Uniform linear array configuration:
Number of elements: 8
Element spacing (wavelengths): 0.75
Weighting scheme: cosine
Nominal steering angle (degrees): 30
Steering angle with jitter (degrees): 31.32
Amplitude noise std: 0.05
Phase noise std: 0.05

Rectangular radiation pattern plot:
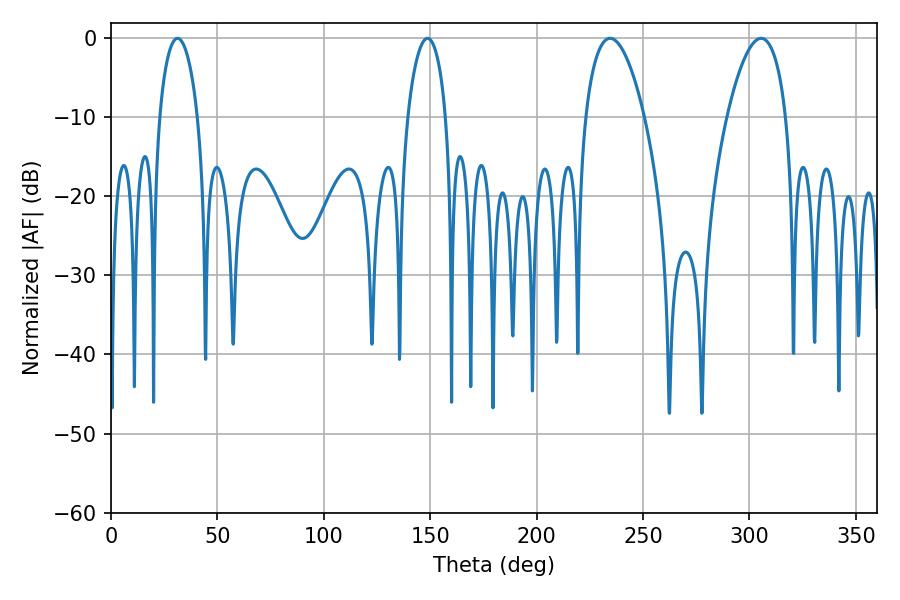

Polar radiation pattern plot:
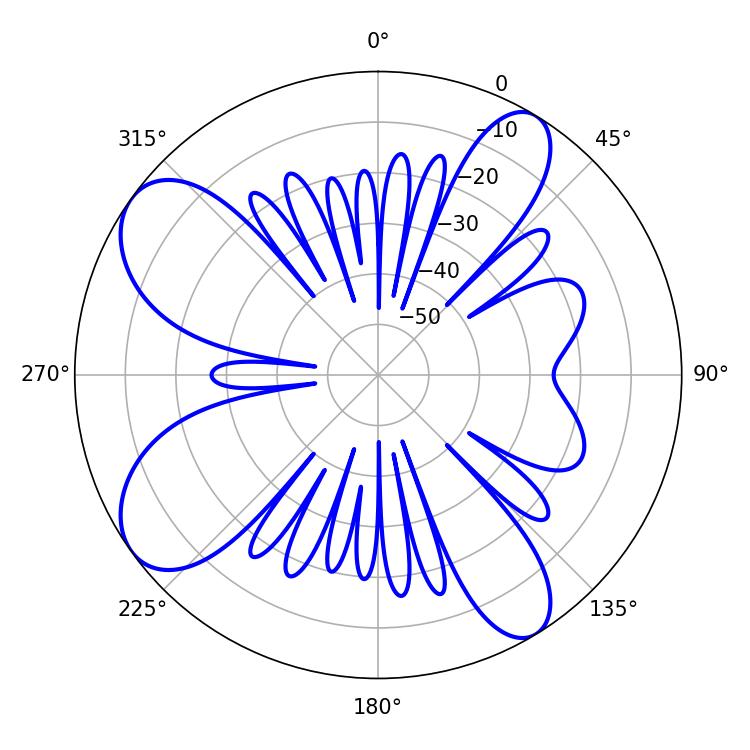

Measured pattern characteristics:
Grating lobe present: TRUE
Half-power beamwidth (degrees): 15.48
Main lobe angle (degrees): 305.46